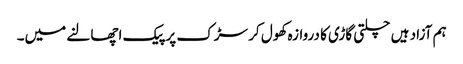
ہم آزاد ہیں چلتی گاڑی کا دروازہ کھول کر سڑک پر پیک اچھالنے میں۔